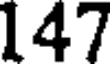
147